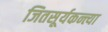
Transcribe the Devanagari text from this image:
जितसूर्यकन्त्या